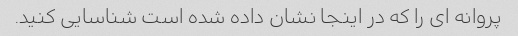
پروانه ای را که در اینجا نشان داده شده است شناسایی کنید.